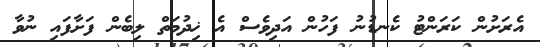
އެރަށުން ކަރަންޓު ކެނޑުނު ފަހުން އަދިވެސް އެ ޚިދުމަތް ލިބެން ފަށާފައި ނުވާ